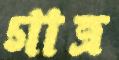
গাত্র